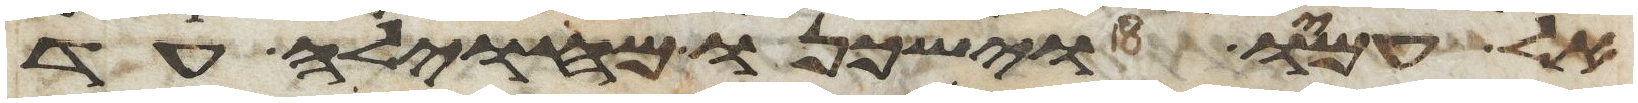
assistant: אל עמו וישכנו מחוילה עד